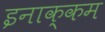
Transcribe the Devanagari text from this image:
इनाक्कम